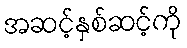
အဆင့်နှစ်ဆင့်ကို